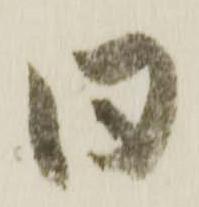
同